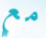
مع